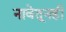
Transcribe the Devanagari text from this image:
नावेतूनही